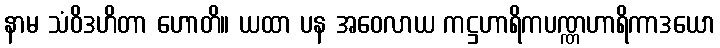
နာမ သံဝိဒဟိတာ ဟောတိ။ ယထာ ပန အဝေလာယ ကဋ္ဌဟာရိကပဏ္ဏဟာရိကာဒယော